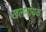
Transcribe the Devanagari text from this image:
खलनायक।